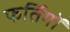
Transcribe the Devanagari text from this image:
फर्तिगों